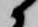
候